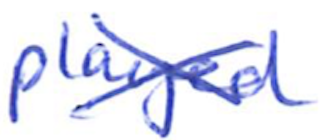
Text: played
Cross-out: cross
Writing tool: ballpoint